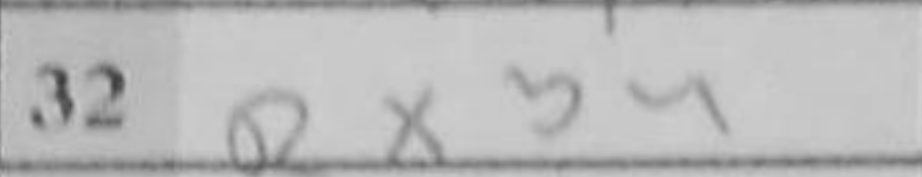
Transcription: Rxb4